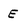
Character: E